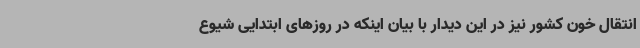
انتقال خون کشور نیز در این دیدار با بیان اینکه در روزهای ابتدایی شیوع